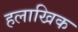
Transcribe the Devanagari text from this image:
हलाखिक